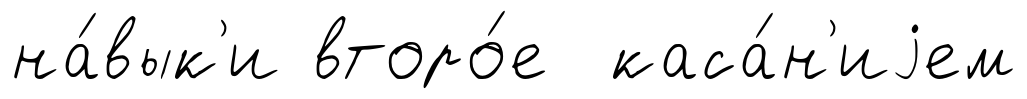
на́вык'и второ́е каса́н'иjем